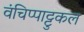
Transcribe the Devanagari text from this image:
वंचिप्पाट्टुकल